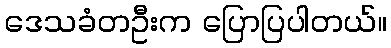
ဒေသခံတဦးက ပြောပြပါတယ်။